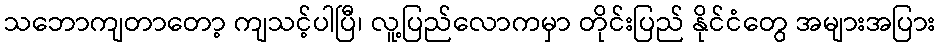
သဘောကျတာတော့ ကျသင့်ပါပြီ၊ လူ့ပြည်လောကမှာ တိုင်းပြည် နိုင်ငံတွေ အများအပြား